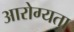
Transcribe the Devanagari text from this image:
आरोग्‍यता